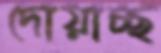
দোয়াচ্ছ